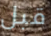
قبل